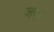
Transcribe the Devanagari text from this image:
जपो